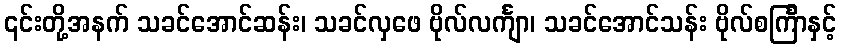
၎င်းတို့အနက် သခင်အောင်ဆန်း၊ သခင်လှဖေ ဗိုလ်လင်္ကျာ၊ သခင်အောင်သန်း ဗိုလ်စင်္ကြာနှင့်